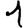
Digit: 1